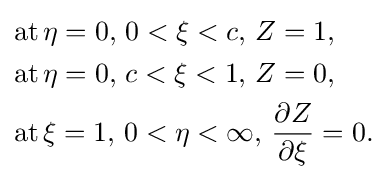
{\begin{aligned}{\text{at}}\,&\eta =0,\,0<\xi <c,\,Z=1,\\{\text{at}}\,&\eta =0,\,c<\xi <1,\,Z=0,\\{\text{at}}\,&\xi =1,\,0<\eta <\infty ,\,{\frac {\partial Z}{\partial \xi }}=0.\end{aligned}}